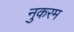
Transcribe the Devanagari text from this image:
नुकरम